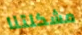
مشكلتنا